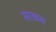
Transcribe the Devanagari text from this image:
सरळच